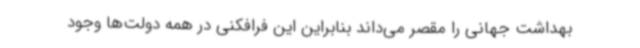
بهداشت جهانی را مقصر می‌داند بنابراین این فرافکنی در همه دولت‌ها وجود